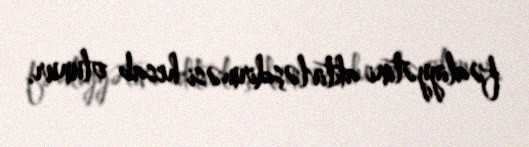
fəaliyyətini aktivləşdirməsi hesab olunur.